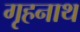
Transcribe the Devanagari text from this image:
गृहनाथ